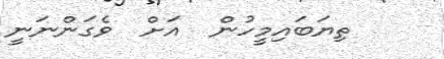
ތިޔަބައިމީހުން  އަށް  ވެގަންނަނީ